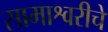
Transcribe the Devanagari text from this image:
सामाश्वरीचे